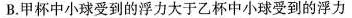
B.甲杯中小球受到的浮力大于乙杯中小球受到的浮力